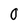
Character: 0